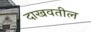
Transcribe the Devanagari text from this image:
दाखवतील